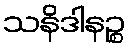
သနိဒါနဉ္စ